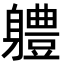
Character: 軆